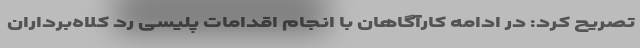
تصریح کرد: در ادامه کارآگاهان با انجام اقدامات پلیسی رد کلاه‌برداران